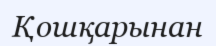
Қошқарынан